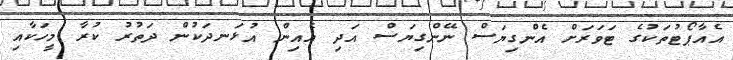
އެއާޕޯޓުތަކުގެ ޓަވަރަށް އެންގިޔަސް ނޭންގިޔަސް އަދި އެއިން އުޅަނދަކުން ދަތުރު ކުރާ މީހަކާއި